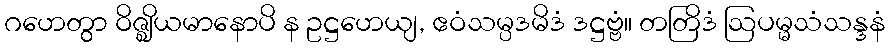
ဂဟေတွာ ဝိဇ္ဈိယမာနောပိ န ဥဋ္ဌဟေယျ, ဧဝံသမ္ပဒမိဒံ ဒဋ္ဌဗ္ဗံ။ တတြိဒံ ဩပမ္မသံသန္ဒနံ